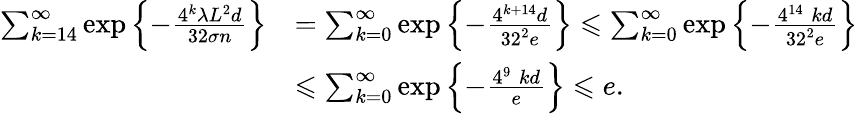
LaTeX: \begin{array}{rl}{\sum_{k=14}^{\infty}\exp\left\{ -\frac{4^{k}\lambda L^{2}d}{32\sigma n}\right\} }&{=\sum_{k=0}^{\infty}\exp\left\{ -\frac{4^{k+14}d}{32^{2}e}\right\} \leqslant\sum_{k=0}^{\infty}\exp\left\{ -\frac{4^{14}\; kd}{32^{2}e}\right\} }\\ &{\leqslant\sum_{k=0}^{\infty}\exp\left\{ -\frac{4^{9}\; kd}{e}\right\} \leqslant e.}\end{array}